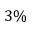
3 \%